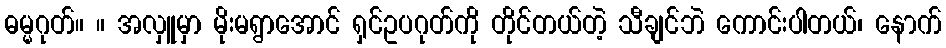
ဓမ္မဂုတ်။ ။ အလှူမှာ မိုးမရွာအောင် ရှင်ဥပဂုတ်ကို တိုင်တယ်တဲ့ သီချင်ဘဲ ကောင်းပါတယ်၊ နောက်